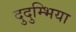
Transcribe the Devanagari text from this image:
दुदुम्भिया